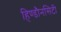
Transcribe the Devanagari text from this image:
हिण्डौनसिटी